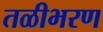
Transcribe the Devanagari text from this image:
तळीभरण